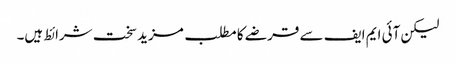
لیکن آئی ایم ایف سے قرضے کا مطلب مزید سخت شرائط ہیں۔